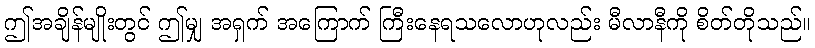
ဤအချိန်မျိုးတွင် ဤမျှ အရှက် အကြောက် ကြီးနေရသလောဟုလည်း မီလာနီကို စိတ်တိုသည်။